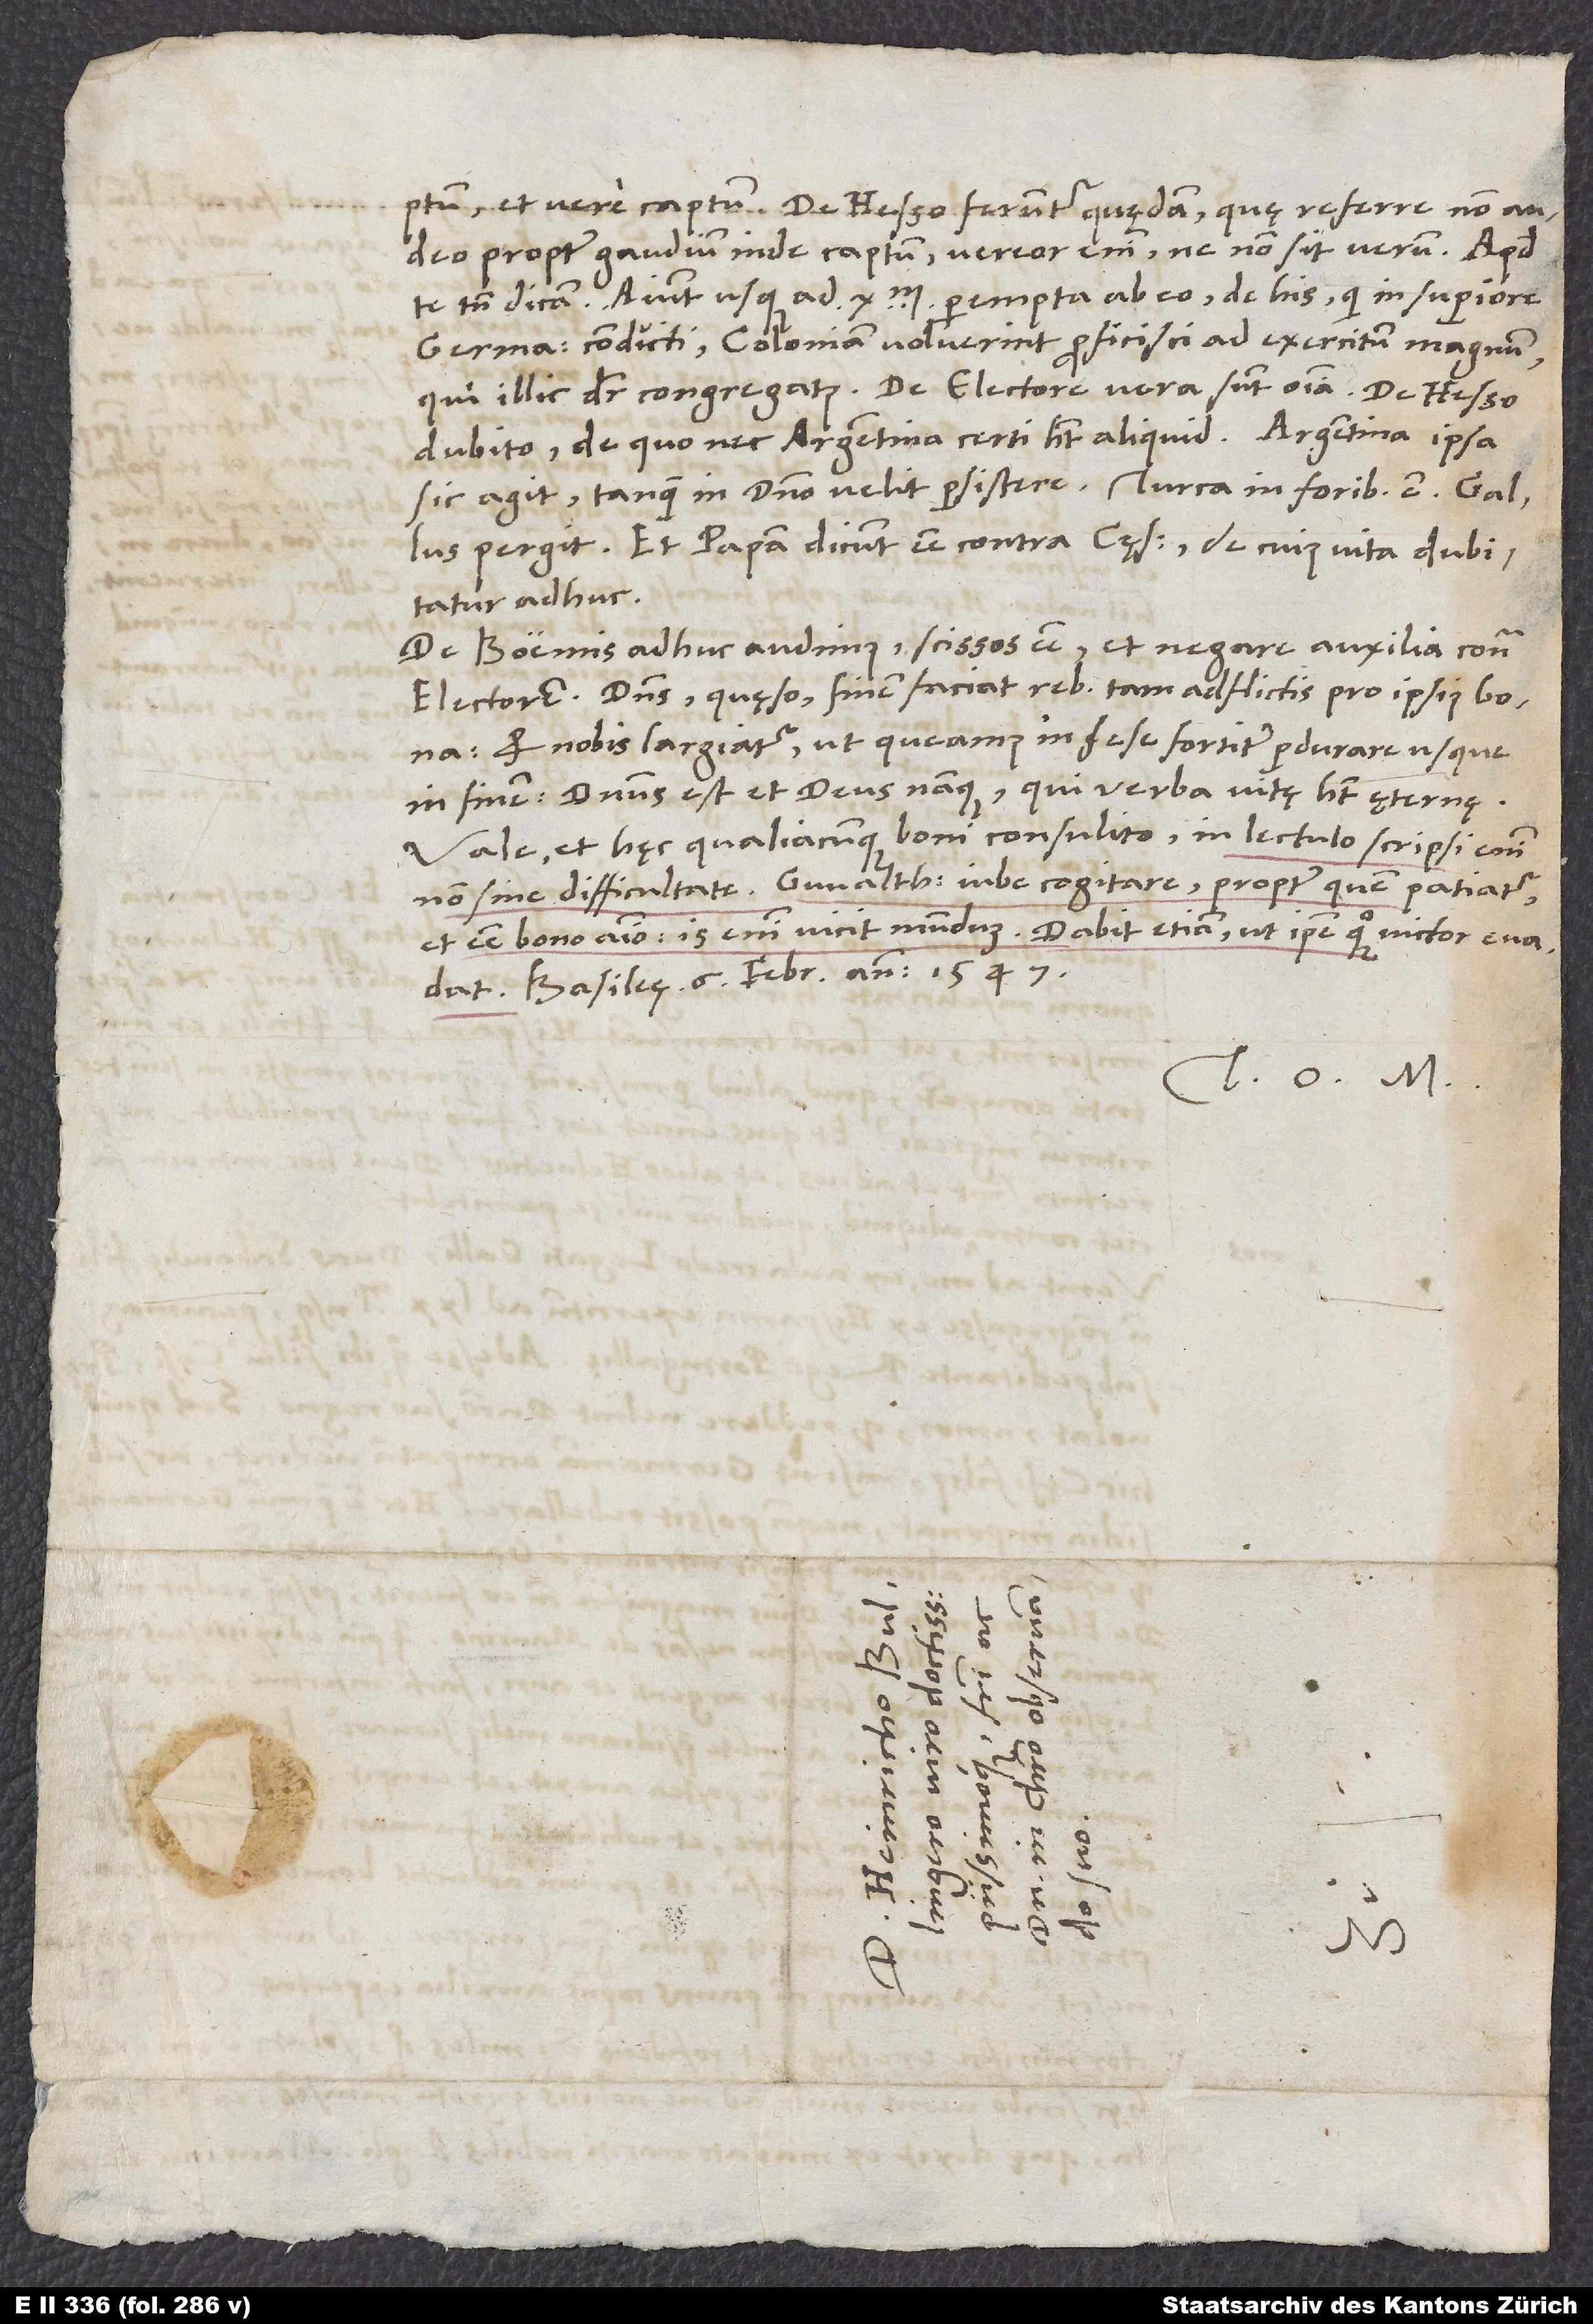
propter gaudium inde captum. Vereor enim, ne non sit verum. Apud
te tamen dicam: Aiunt usque ad 10’000 perempti ab eo de his, qui in Superiore
Germania conducti Coloniam voluerint proficisci ad exercitum magnum,
dubito; de quo nec Argentina certi habet aliquid. Argentina ipsa
sic agit, tanquam in domino velit persistere. Turca in foribus est. Gallus
pergit. Et papam dicunt esse contra cęsarem, de cuius vita dubitatur
adhuc.
De Boemis adhuc audimus scissos esse et negare auxilia contra
Dominus, quęso, finem faciat rebus tam adflictis pro ipsius bona,
et nobis largiatur, ut queamus in sese fortiter perdurare usque
in finem. Dominus est et deus namque, qui verba vitę habet ęternę.
Vale et hęc qualiacunque boni consulito. In lectulo scripsi enim,
non sine difficultate. Gvaltherum iube cogitare, propter quem patiatur,
et esse bono animo! Is enim vicit mundum. Dabit etiam, ut ipse quoque victor evadat.
Basileę, 6. februarii anno 1547.
Tuus O. M.
S.
D.